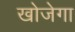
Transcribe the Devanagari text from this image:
खोजेगा